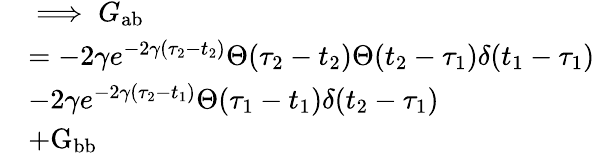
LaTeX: \begin{array}{rl}&{\implies G_{\mathrm{ab}}}\\ &{=-2\gamma e^{-2\gamma(\tau_{2}-t_{2})}\Theta(\tau_{2}-t_{2})\Theta(t_{2}-\tau_{1})\delta(t_{1}-\tau_{1})}\\ &{-2\gamma e^{-2\gamma(\tau_{2}-t_{1})}\Theta(\tau_{1}-t_{1})\delta(t_{2}-\tau_{1})}\\ &{+\mathrm{G}_{\mathrm{bb}}}\end{array}